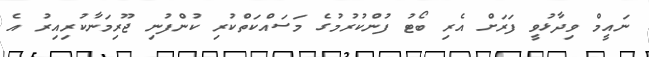
ނައީމް ވިދާޅުވީ ފަރަށް އެރި ބޯޓު ފުންކުރުމުގެ މަސައްކަތްކުރި ކުންފުނި ޖޫރިމަނާކުރިއިރު އެ